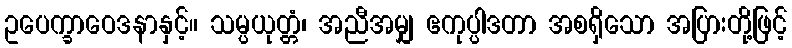
ဥပေက္ခာဝေဒနာနှင့်။ သမ္ပယုတ္တံ၊ အညီအမျှ ဧကုပ္ပါဒတာ အစရှိသော အပြားတို့ဖြင့်